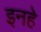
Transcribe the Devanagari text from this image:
इनहे